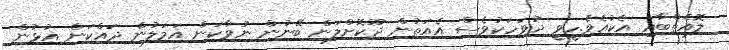
ލޮއެތްބާއި އެކުއެވެ.ހީވީ ދުވަހަކުވެސް އެއަތުން ދޫކޮށްލަން ބޭނުން ނުވާކަން އަމަލުން ދައްކަން އުޅުން